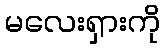
မလေးရှားကို